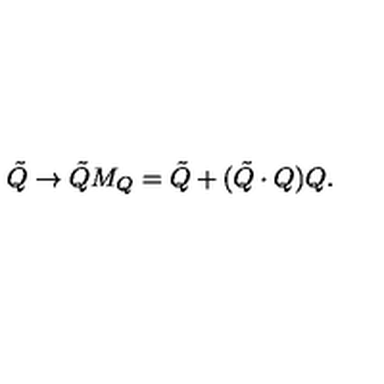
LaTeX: \tilde { Q } \rightarrow \tilde { Q } M _ { Q } = \tilde { Q } + ( \tilde { Q } \cdot Q ) Q .